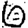
Digit: 6